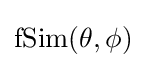
{\text{fSim}}(\theta ,\phi )